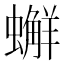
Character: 𧒻